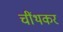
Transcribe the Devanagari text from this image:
चींथकर